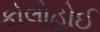
કોલોહોઈ